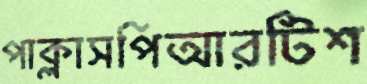
পাক্‌লাসপিআরটিশ